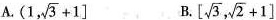
A. (1, \sqrt{3}+1 ] B. \left[ \sqrt{3}, \sqrt{2}+1 \right]